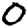
Digit: 0